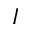
I